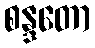
စန္ဒတော